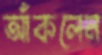
আঁকলেন